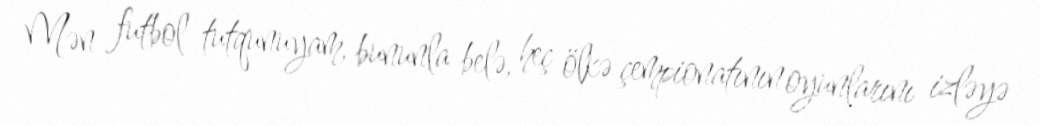
Mən futbol tutqunuyam, bununla belə, heç ölkə çempionatının oyunlarını izləyə